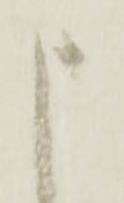
申